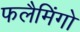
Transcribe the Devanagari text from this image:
फलैमिंगो